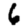
Digit: 6